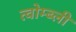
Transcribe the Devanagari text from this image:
त्वोम्ब्ली